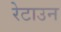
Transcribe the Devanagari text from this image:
रेटाउन